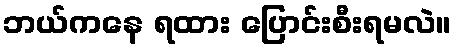
ဘယ်ကနေ ရထား ပြောင်းစီးရမလဲ။